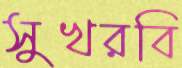
সুখরবি